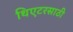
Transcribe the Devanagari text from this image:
थिएटरसाठी